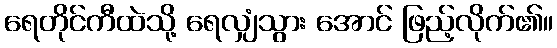
ရေတိုင်ကီထဲသို့ ရေလျှံသွား အောင် ဖြည့်လိုက်၏။